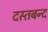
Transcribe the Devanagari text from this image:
दस्तबन्द